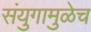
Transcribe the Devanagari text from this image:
संयुगामुळेच